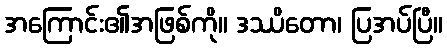
အကြောင်း၏အဖြစ်ကို။ ဒဿိတော၊ ပြအပ်ပြီ။